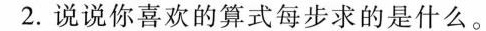
2.说说你喜欢的算式每步求的是什么。